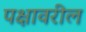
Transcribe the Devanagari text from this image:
पक्षावरील